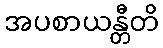
အပစာယန္တီတိ